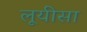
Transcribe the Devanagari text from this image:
लूयीसा